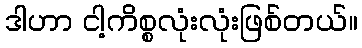
ဒါဟာ ငါ့ကိစ္စလုံးလုံးဖြစ်တယ်။